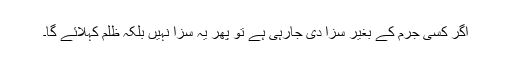
اگر کسی جرم کے بغیر سزا دی جارہی ہے تو پھر یہ سزا نہیں بلکہ ظلم کہلائے گا۔